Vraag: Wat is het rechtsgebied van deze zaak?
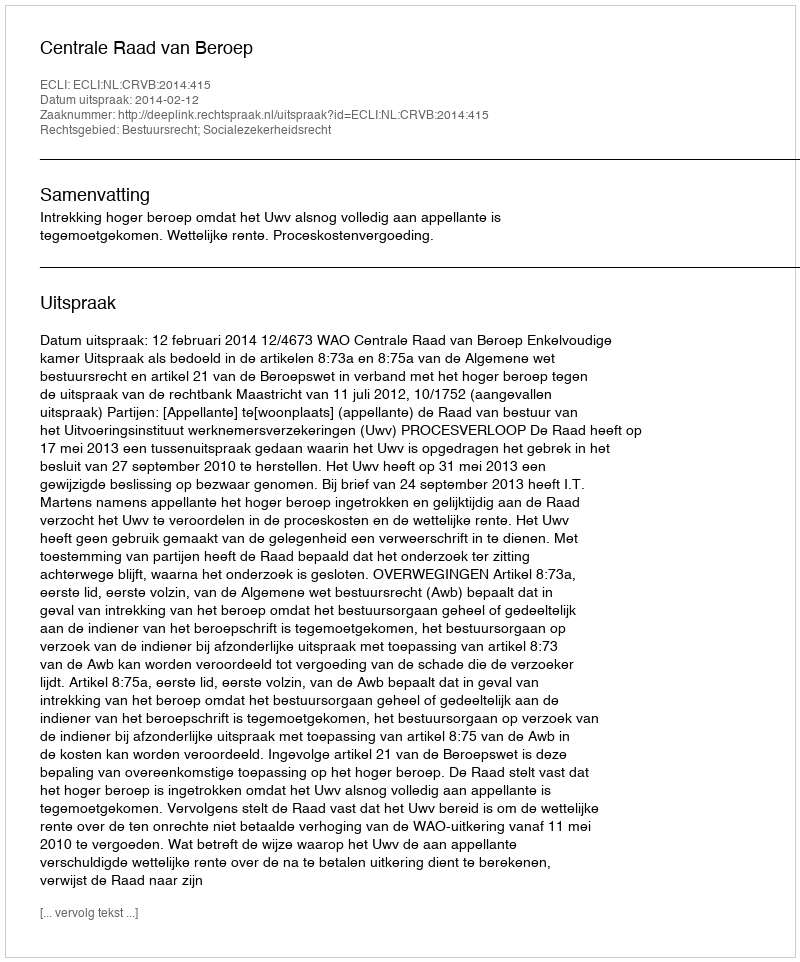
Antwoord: Bestuursrecht; Socialezekerheidsrecht